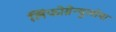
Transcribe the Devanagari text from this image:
लिंफोग्रेन्युलोमा